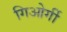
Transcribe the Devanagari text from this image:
गिओर्गी